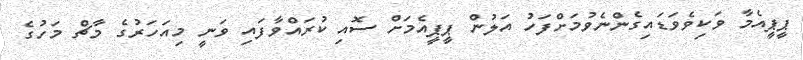
ޕީޕީއެމާ ވަކިވެވަޑައިގެންނެވުމަށްފަހު އަލުން ޕީޕީއެމަށް ސޮއި ކުރައްވާފައި ވަނީ މިއަހަރުގެ މާޗް މަހުގެ